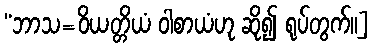
“ဘာသ=ဝိယတ္တိယံ ဝါစာယံဟု ဆို၍ ရုပ်တွက်။]